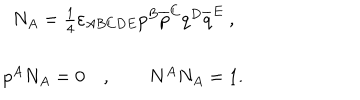
\begin{array} { c } { { N _ { A } = \frac 1 4 \varepsilon _ { A B C D E } p ^ { B } \overline { { { p } } } ^ { C } q ^ { D } \overline { { { q } } } ^ { E } \ , } } \\ { { p ^ { A } N _ { A } = 0 \quad , \qquad N ^ { A } N _ { A } = 1 . } } \\ \end{array}